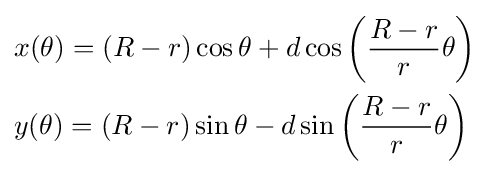
{\begin{aligned}&x(\theta )=(R-r)\cos \theta +d\cos \left({R-r \over r}\theta \right)\\&y(\theta )=(R-r)\sin \theta -d\sin \left({R-r \over r}\theta \right)\end{aligned}}